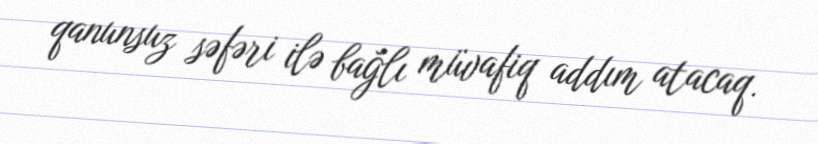
qanunsuz səfəri ilə bağlı müvafiq addım atacaq.